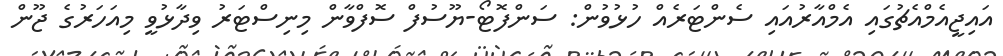
އައިޖީއެމްއެޗުގައި އެމްއާރުއައި ސެންޓަރެއް ހުޅުވުން: ސަންފޮޓޯ-ޔޫސުފް ސޮފްވާން މިނިސްޓަރު ވިދާޅުވީ މިއަހަރުގެ ޖޫން